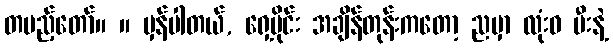
တပည့်တော်။ ။ မှန်ပါတယ်, ရှေ့ပိုင်း အချိန်တုန်းကတော့ ညမှာ လုံးဝ မီးနဲ့